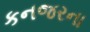
કનજરના